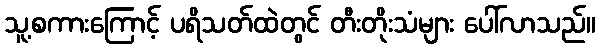
သူ့စကားကြောင့် ပရိသတ်ထဲတွင် တီးတိုးသံများ ပေါ်လာသည်။